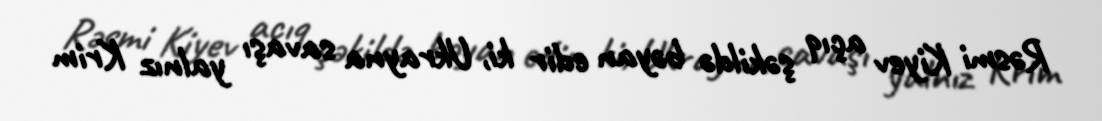
Rəsmi Kiyev açıq şəkildə bəyan edir ki, Ukrayna savaşı yalnız Krim